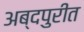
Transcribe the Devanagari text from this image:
अब्दपुरीत